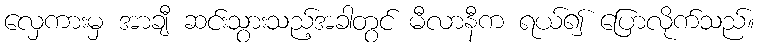
လှေကားမှ အာချီ ဆင်းသွားသည့်အခါတွင် မီလာနီက ရယ်၍ ပြောလိုက်သည်။